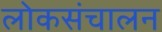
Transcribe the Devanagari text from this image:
लोकसंचालन